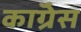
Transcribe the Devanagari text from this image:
काॅग्रेेस